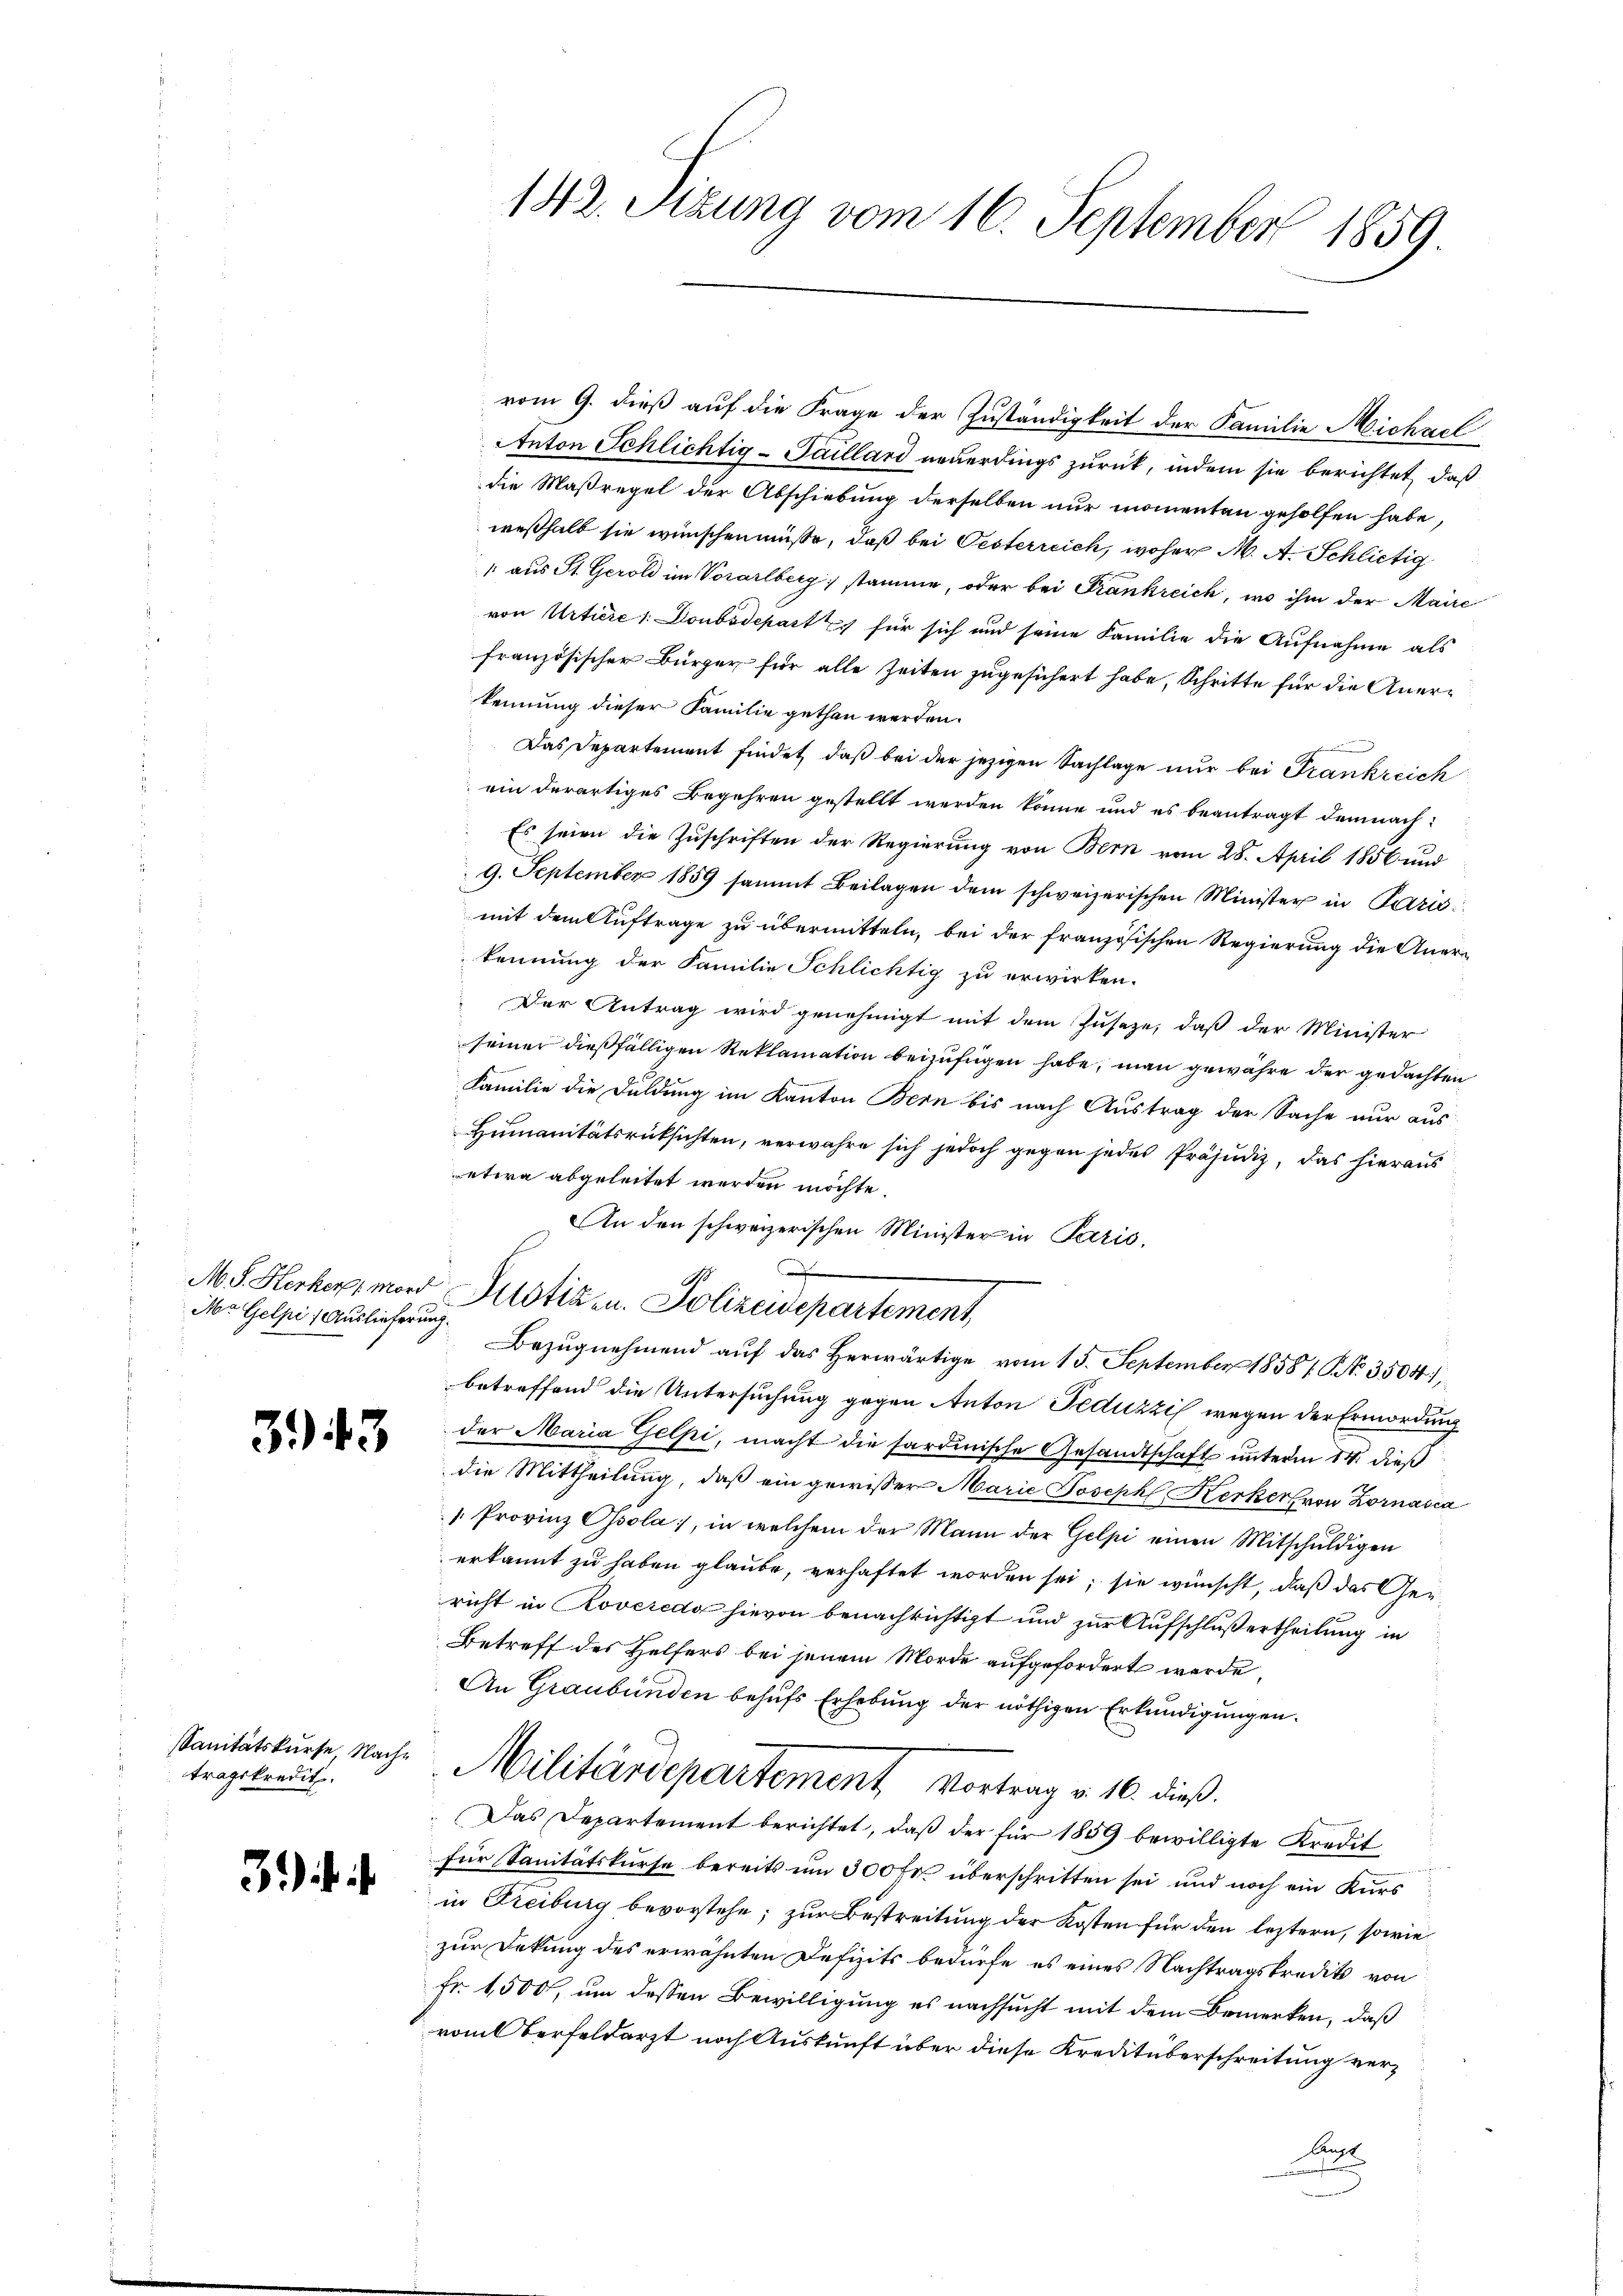
Mr Gelpi) Auslieferung.

343

sanitätskurse Nachtragskredit.

).

vom 9. dieß auf die Frage der Zuständigkeit der Familie Michael
Anton Schlichtig - Sailland neuerdings zurück, indem sie berichtet, daß
die Maßregel der Abschiebung derselben nur momenten geholfen habe,
weßhalb sie wünschen müße, daß bei Oesterreich, woher M. A. Schlietig
1 aus St. Gerold im Vorarlberg stamme, oder bei Frankreich, wo ihm der Maire
von Urtiere 1: Doubsdepart Ich für sich und seine Familie die Aufnahme als
französischer Bürger für alle Zeiten zugesichert habe, Schritte für die Anerkennung dieser Familie gethan werden.
.
Das Departement findet, daß bei der jezigen Sachlage nur bei Frankreich
ein derartiges Begehren gestellt werden könne und es beantragt demnach¬
Es seien die Zuschriften der Regierung von Bern vom 28. April 1856 und
9. September 1859 sammt Beilagen dem schweizerischen Minister in Paris
mit dem Auftrage zu übermitteln, bei der französischen Regierung die Anerkennung der Familie Schlichtig zu erwirken.
Der Antrag wird genehmigt mit dem Zusaze, daß der Minister
seiner dießfälligen Reklamation beizufügen habe, man gewähre der gedachten
Familie die Duldung im Kanton Bern bis nach Austrag der Sache nur aus
Humanitätsrücksichten, verwahre sich jedoch gegen jedes Präjudiz, das hieraus
etwa abgeleitet werden möchte.
An den schweizerischen Minister in Paris.
d
M.S. Herher, mord Pilotiz u. Polizeidepartement
Bezŭgnehmend aŭf das herwärtige vom 15. September 1858 f. No. 3504),
betreffend die Untersuchung gegen Anton Feduzzi wegen der Ermordung
der Maria Gelpi, macht die sardinische Gesandtschaft unterm 14. dieß
die Mittheilung, daß ein gewisser Marie Joseph Kerker von Zornasca
/. Provinz Osola, in welchem der Mann der Gelpi einen Mitschuldigen
erkannt zu haben glaube, verhaftet worden sei; sie wünscht, daß das Gericht in Roveredo hievon benachrichtigt und zur Aufschluß ertheilung in
Betreff des Helfers bei jenem Morde aufgefordert werde
An Graubünden behufs Erhebung der nöthigen Erkundigungen.
Militärdepartement Vortrag v. 10. dieß.
Das Departement berichtet, daß der für 1859 bewilligte Kredit
für Sanitätskurse bereits um 300 fl überschritten sei und noch ein Kurs
in Freiburg bevorstehe; zur Bestreitung der Kosten für den leztern, sowie
zur Dekung des erwähnten Defizits bedürfe es eines Nachtragskredit von
Fr. 1500, um dessen Bewilligung es nachsucht mit dem Bemerken, daß
rol verfeldarzt noch Auskunft über diese Kreditüberschreitung ver¬
Art

142. Sitzung vom 16. September 1859.